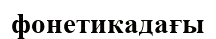
фонетикадағы